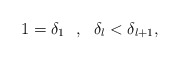
\begin{align*}1 = \delta_{1} \ \ , \ \ \delta_{l} < \delta_{l+1}, \end{align*}